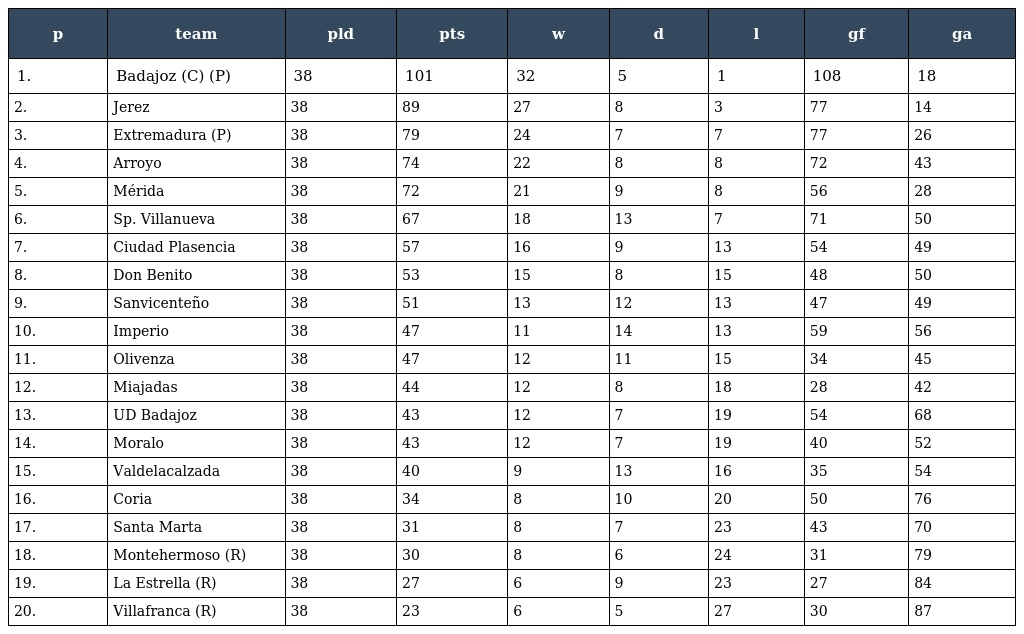
| p | team | pld | pts | w | d | l | gf | ga |
 | --- | --- | --- | --- | --- | --- | --- | --- | --- |
 | 1. | Badajoz (C) (P) | 38 | 101 | 32 | 5 | 1 | 108 | 18 |
 | 2. | Jerez | 38 | 89 | 27 | 8 | 3 | 77 | 14 |
 | 3. | Extremadura (P) | 38 | 79 | 24 | 7 | 7 | 77 | 26 |
 | 4. | Arroyo | 38 | 74 | 22 | 8 | 8 | 72 | 43 |
 | 5. | Mérida | 38 | 72 | 21 | 9 | 8 | 56 | 28 |
 | 6. | Sp. Villanueva | 38 | 67 | 18 | 13 | 7 | 71 | 50 |
 | 7. | Ciudad Plasencia | 38 | 57 | 16 | 9 | 13 | 54 | 49 |
 | 8. | Don Benito | 38 | 53 | 15 | 8 | 15 | 48 | 50 |
 | 9. | Sanvicenteño | 38 | 51 | 13 | 12 | 13 | 47 | 49 |
 | 10. | Imperio | 38 | 47 | 11 | 14 | 13 | 59 | 56 |
 | 11. | Olivenza | 38 | 47 | 12 | 11 | 15 | 34 | 45 |
 | 12. | Miajadas | 38 | 44 | 12 | 8 | 18 | 28 | 42 |
 | 13. | UD Badajoz | 38 | 43 | 12 | 7 | 19 | 54 | 68 |
 | 14. | Moralo | 38 | 43 | 12 | 7 | 19 | 40 | 52 |
 | 15. | Valdelacalzada | 38 | 40 | 9 | 13 | 16 | 35 | 54 |
 | 16. | Coria | 38 | 34 | 8 | 10 | 20 | 50 | 76 |
 | 17. | Santa Marta | 38 | 31 | 8 | 7 | 23 | 43 | 70 |
 | 18. | Montehermoso (R) | 38 | 30 | 8 | 6 | 24 | 31 | 79 |
 | 19. | La Estrella (R) | 38 | 27 | 6 | 9 | 23 | 27 | 84 |
 | 20. | Villafranca (R) | 38 | 23 | 6 | 5 | 27 | 30 | 87 |